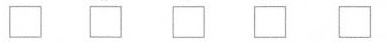
\Box \Box \Box \Box \Box